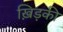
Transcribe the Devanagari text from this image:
ख़िड़की